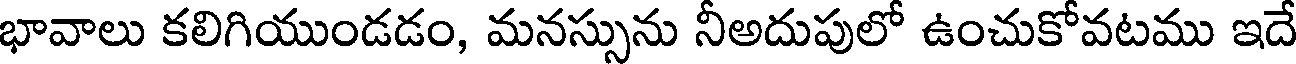
భావాలు కలిగియుండడం, మనస్సును నీఅదుపులో ఉంచుకోవటము ఇదే